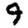
Digit: 9